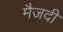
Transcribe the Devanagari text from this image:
मैजदी